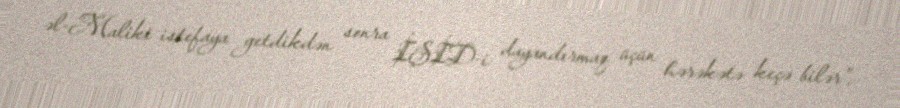
əl-Maliki istefaya getdikdən sonra İŞİD-i dayandırmaq üçün hərəkətə keçə bilər”.